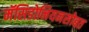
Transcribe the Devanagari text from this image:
मॅसिडोनियनसोबत